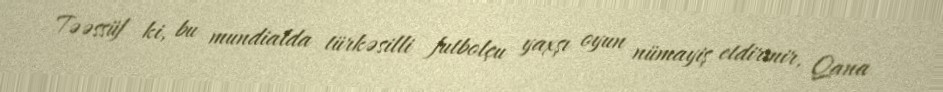
Təəssüf ki, bu mundialda türkəsilli futbolçu yaxşı oyun nümayiş etdirmir, Qana